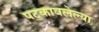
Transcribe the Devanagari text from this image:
पटकावलेल्या